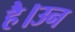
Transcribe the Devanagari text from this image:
है।उन